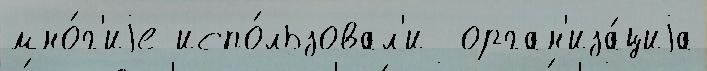
мно́г'иjе испо́льзовал'и  орган'иза́циjа